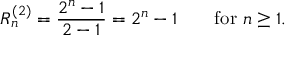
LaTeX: R _ { n } ^ { ( 2 ) } = { \frac { 2 ^ { n } - 1 } { 2 - 1 } } = { 2 ^ { n } - 1 } \qquad { \mathrm { f o r ~ } } n \geq 1 .